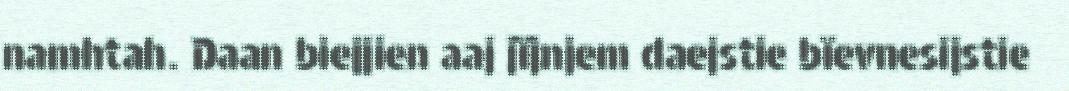
namhtah. Daan biejjien aaj jïjnjem daejstie bïevnesijstie